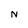
Character: N